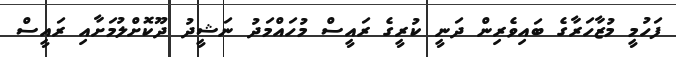
ފަހުމީ މުޒާހަރާގެ ބައިވެރިން ދަނީ ކުރީގެ ރައީސް މުހައްމަދު ނަޝީދު ދޫކޮށްލުމަށާއި ރައީސް